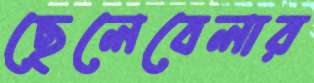
ছেলেবেলার